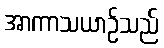
အာကာသယာဉ်သည်